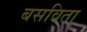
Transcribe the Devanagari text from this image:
बसविता